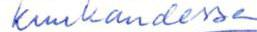
Kuukaudessa